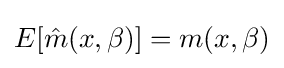
E[{\hat {m}}(x,\beta )]=m(x,\beta )